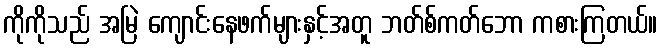
ကိုကိုသည် အမြဲ ကျောင်းနေဖက်များနှင့်အတူ ဘတ်စ်ကတ်ဘော ကစားကြတယ်။